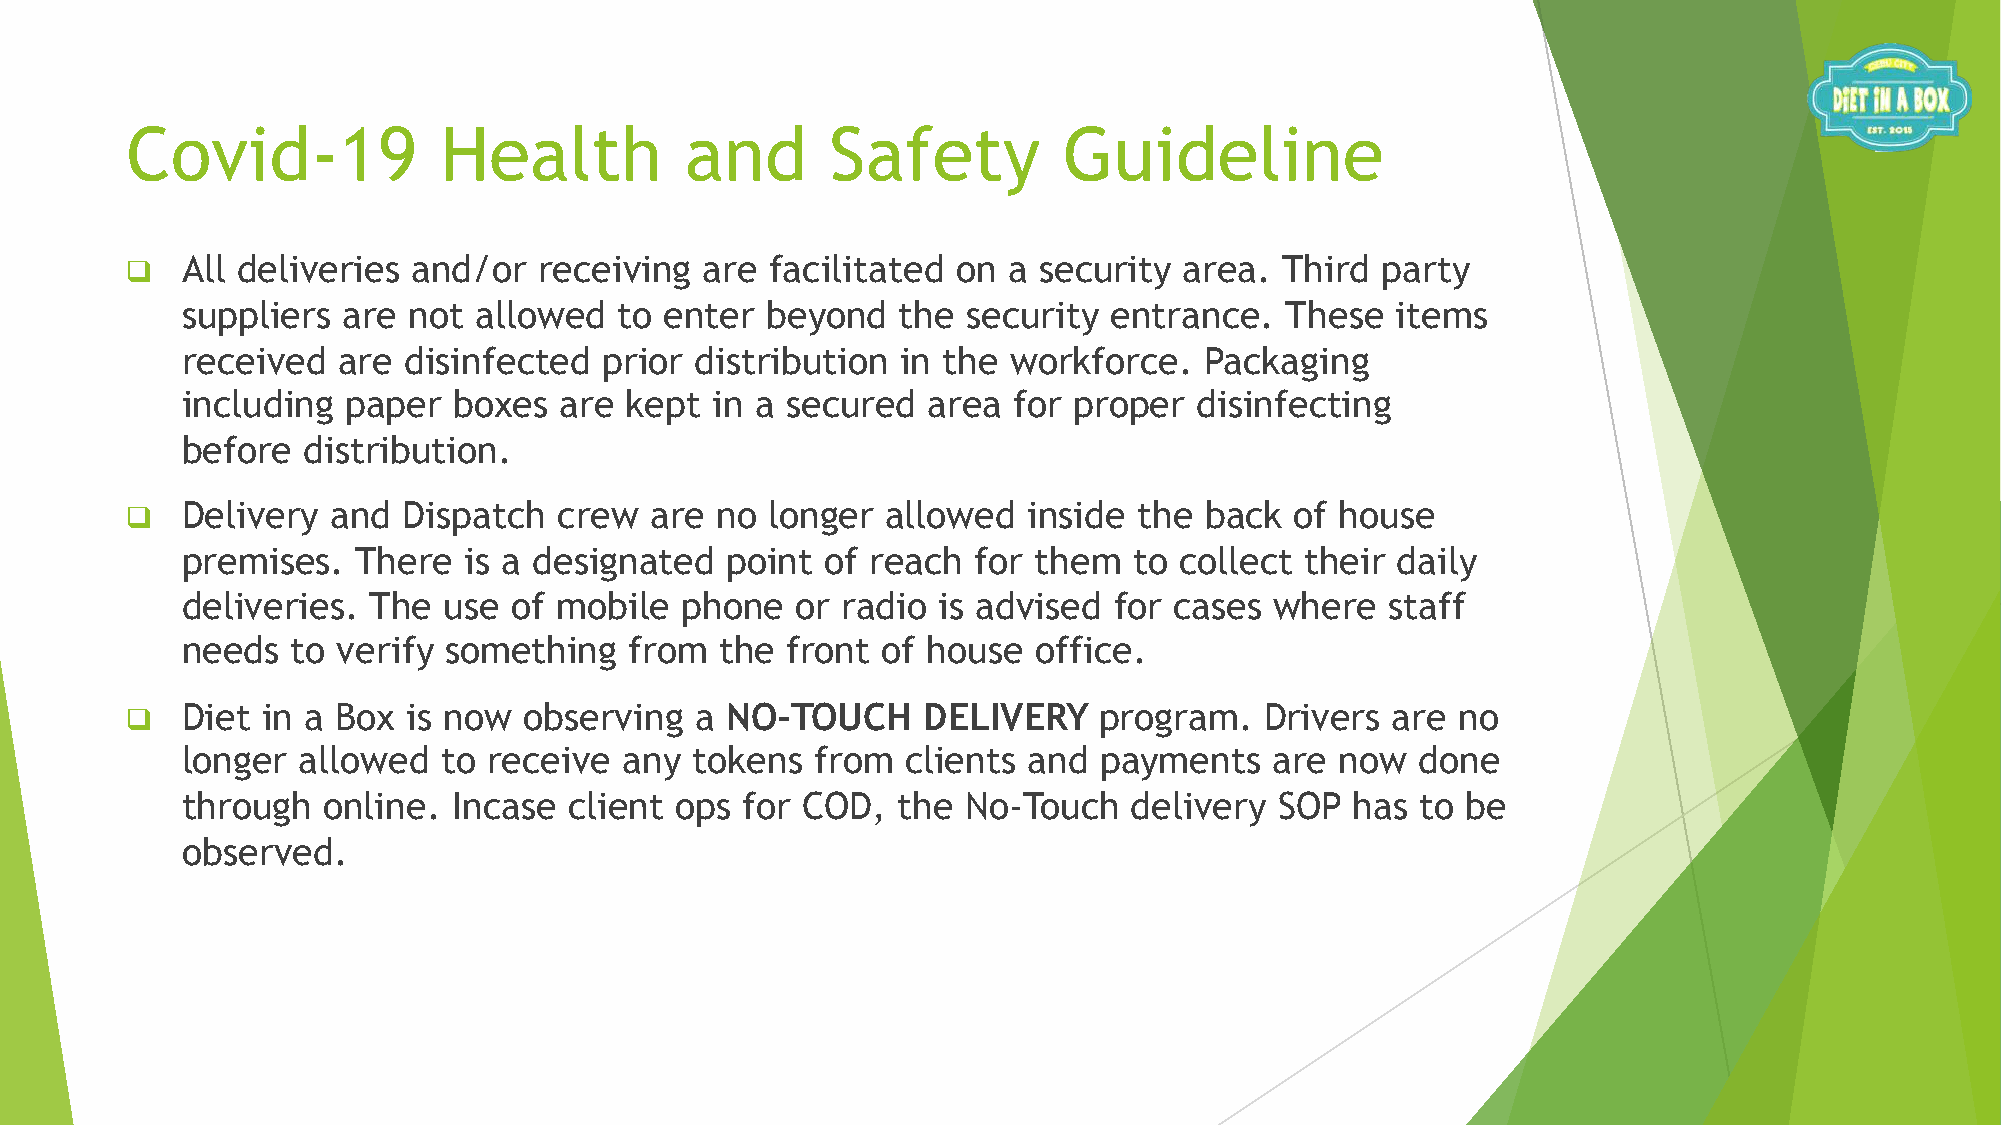
Covid-19             Health          and       Safety         Guideline
 q   All deliveries and/or   receiving  are facilitated on  a security area.  Third party
 suppliers  are not allowed   to enter  beyond   the security  entrance.  These  items
 received  are  disinfected  prior distribution  in the workforce.   Packaging
 including  paper  boxes  are kept  in a secured  area  for proper  disinfecting
 before  distribution.
 q   Delivery  and  Dispatch  crew  are no  longer  allowed  inside the  back  of house
 premises.   There  is a designated  point  of reach  for them  to collect their daily
 deliveries. The  use  of mobile  phone   or radio is advised  for cases where   staff
 needs  to verify something    from  the front of house   office.
 NO-TOUCH     DELIVERY
 q   Diet in a Box  is now  observing  a                          program.   Drivers are  no
 longer  allowed  to receive  any  tokens  from  clients and  payments   are  now  done
 through  online.  Incase  client ops for COD,  the  No-Touch   delivery  SOP  has to be
 observed.